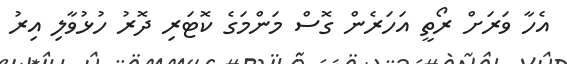
އެހާ ވަރަށް ރޯތީ އަހަރެން ގޮސް މަންމަގެ ކޮޓަރި ދޮރު ހުޅުވާލި އިރު